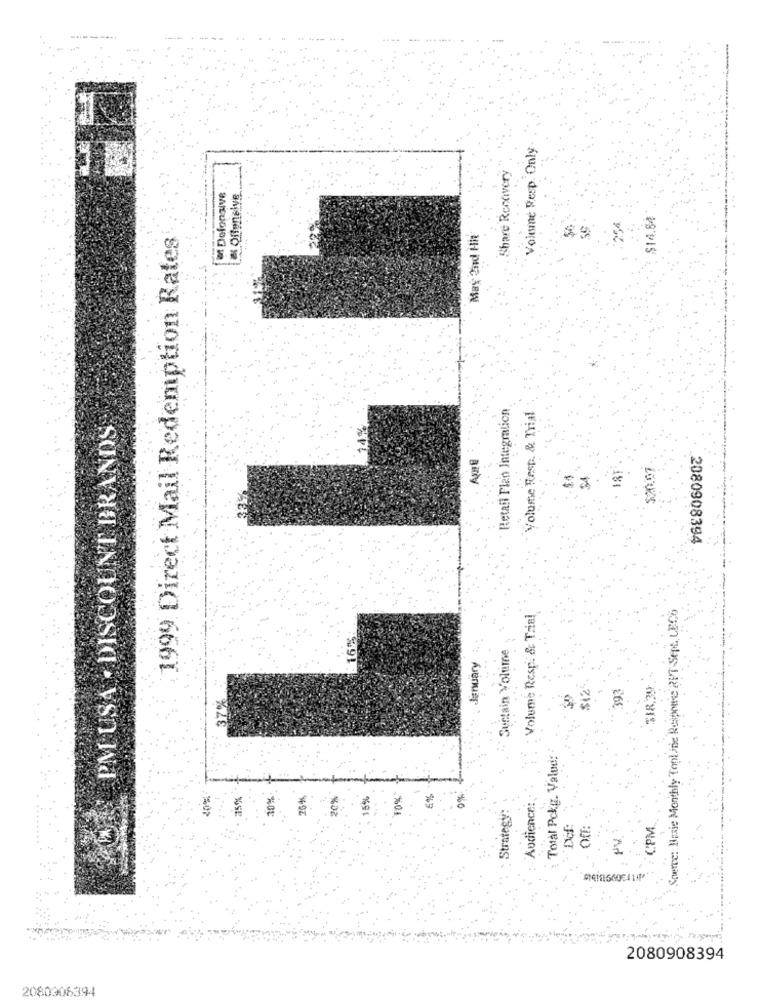
Volume Resp. Only
Share Rendvery
Defongive
Offenelive
$14.84
1999 Direct Mail Redemption Rates
May 2nd Hit
$9
Retail Plan Integration
Volume Resp .. & Trial
PM USA . DISCOUNT BRANDS
$20.07
2080908394
Volume Resp. & Trial
Source: Boxie Monthly Topline Response RET Sept, LECS
16%
Sustain Volume
January
$12
$18.39
37%
Total Pckg. Valud:
15%
10%.
10%
Audience:
Strategy:
.
Def:
Off:
CPM
2080908394
2080306394